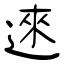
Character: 逨